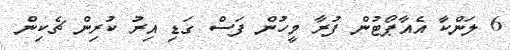
6 ލަންކާ އެއާޕޯޓުން ފުރާ މީހުން ފަސް ގަޑި އިރު ކުރިން ޗެކިން